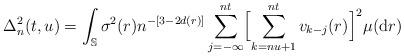
LaTeX: \begin{align*}\Delta_n^2(t,u)=\int_\mathbb S\sigma^2(r)n^{-[3-2d(r)]}\sum_{j=-\infty}^{nt}\Bigl[\sum_{k=nu+1}^{nt}v_{k-j}(r)\Bigr]^2\mu(\mathrm dr)\end{align*}